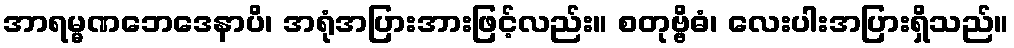
အာရမ္မဏဘေဒေနာပိ၊ အရုံအပြားအားဖြင့်လည်း။ စတုဗ္ဗိဓံ၊ လေးပါးအပြားရှိသည်။